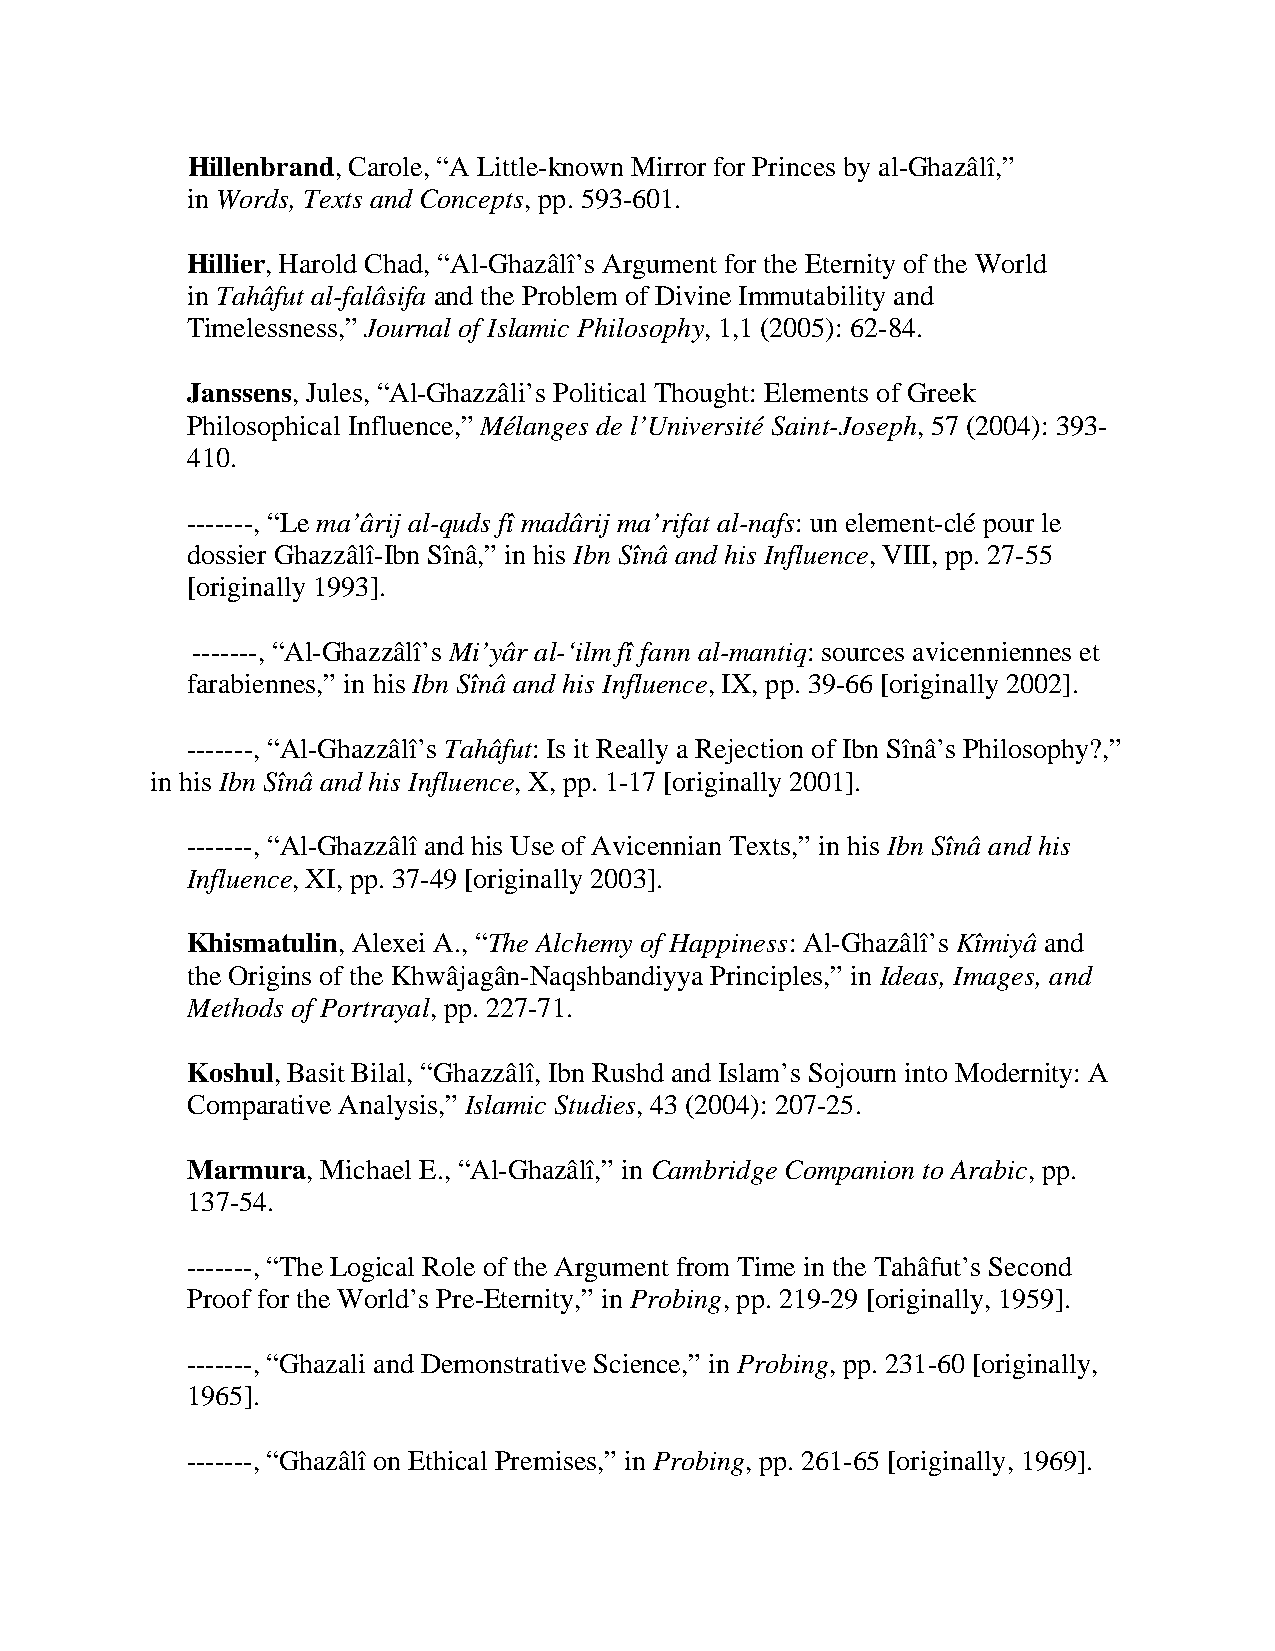
Hillenbrand, Carole, “A Little-known Mirror for Princes by al-Ghazâlî,”
 in Words, Texts and Concepts, pp. 593-601.
 Hillier, Harold Chad, “Al-Ghazâlî’s Argument for the Eternity of the World
 in Tahâfut al-falâsifa and the Problem of Divine Immutability and
 Timelessness,” Journal of Islamic Philosophy, 1,1 (2005): 62-84.
 Janssens, Jules, “Al-Ghazzâli’s Political Thought: Elements of Greek
 Philosophical Influence,” Mélanges de l’Université Saint-Joseph, 57 (2004): 393-
 410.
 -------, “Le ma’ârij al-quds fî madârij ma’rifat al-nafs: un element-clé pour le
 dossier Ghazzâlî-Ibn Sînâ,” in his Ibn Sînâ and his Influence, VIII, pp. 27-55
 [originally 1993].
 -------, “Al-Ghazzâlî’s Mi’yâr al-‘ilm fî fann al-mantiq: sources avicenniennes et
 farabiennes,” in his Ibn Sînâ and his Influence, IX, pp. 39-66 [originally 2002].
 -------, “Al-Ghazzâlî’s Tahâfut: Is it Really a Rejection of Ibn Sînâ’s Philosophy?,”
 in his Ibn Sînâ and his Influence, X, pp. 1-17 [originally 2001].
 -------, “Al-Ghazzâlî and his Use of Avicennian Texts,” in his Ibn Sînâ and his
 Influence, XI, pp. 37-49 [originally 2003].
 Khismatulin, Alexei A., “The Alchemy of Happiness: Al-Ghazâlî’s Kîmiyâ and
 the Origins of the Khwâjagân-Naqshbandiyya Principles,” in Ideas, Images, and
 Methods of Portrayal, pp. 227-71.
 Koshul, Basit Bilal, “Ghazzâlî, Ibn Rushd and Islam’s Sojourn into Modernity: A
 Comparative Analysis,” Islamic Studies, 43 (2004): 207-25.
 Marmura, Michael E., “Al-Ghazâlî,” in Cambridge Companion to Arabic, pp.
 137-54.
 -------, “The Logical Role of the Argument from Time in the Tahâfut’s Second
 Proof for the World’s Pre-Eternity,” in Probing, pp. 219-29 [originally, 1959].
 -------, “Ghazali and Demonstrative Science,” in Probing, pp. 231-60 [originally,
 1965].
 -------, “Ghazâlî on Ethical Premises,” in Probing, pp. 261-65 [originally, 1969].